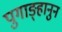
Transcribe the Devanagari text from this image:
पुगाङ्हानुन